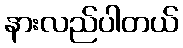
နားလည်ပါတယ်